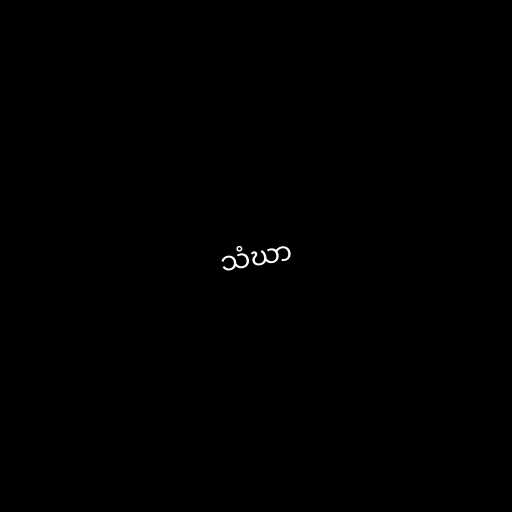
သံဃာ